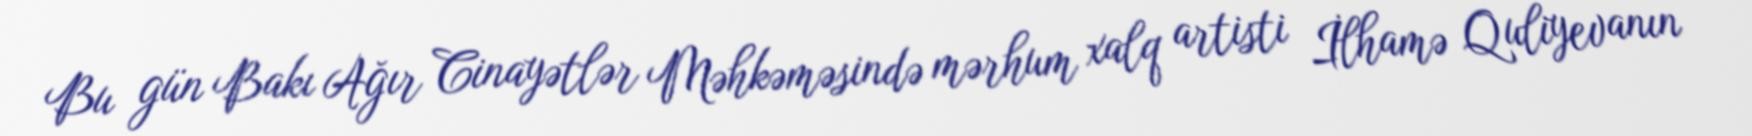
Bu gün Bakı Ağır Cinayətlər Məhkəməsində mərhum xalq artisti İlhamə Quliyevanın